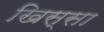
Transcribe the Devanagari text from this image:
खिस्‍सा